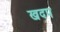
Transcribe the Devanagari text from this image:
खदप